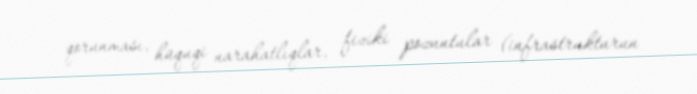
qorunması, hüquqi narahatlıqlar, fiziki pozuntular (infrastrukturun